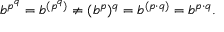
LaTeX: b ^ { p ^ { q } } = b ^ { ( p ^ { q } ) } \neq ( b ^ { p } ) ^ { q } = b ^ { ( p \cdot q ) } = b ^ { p \cdot q } .